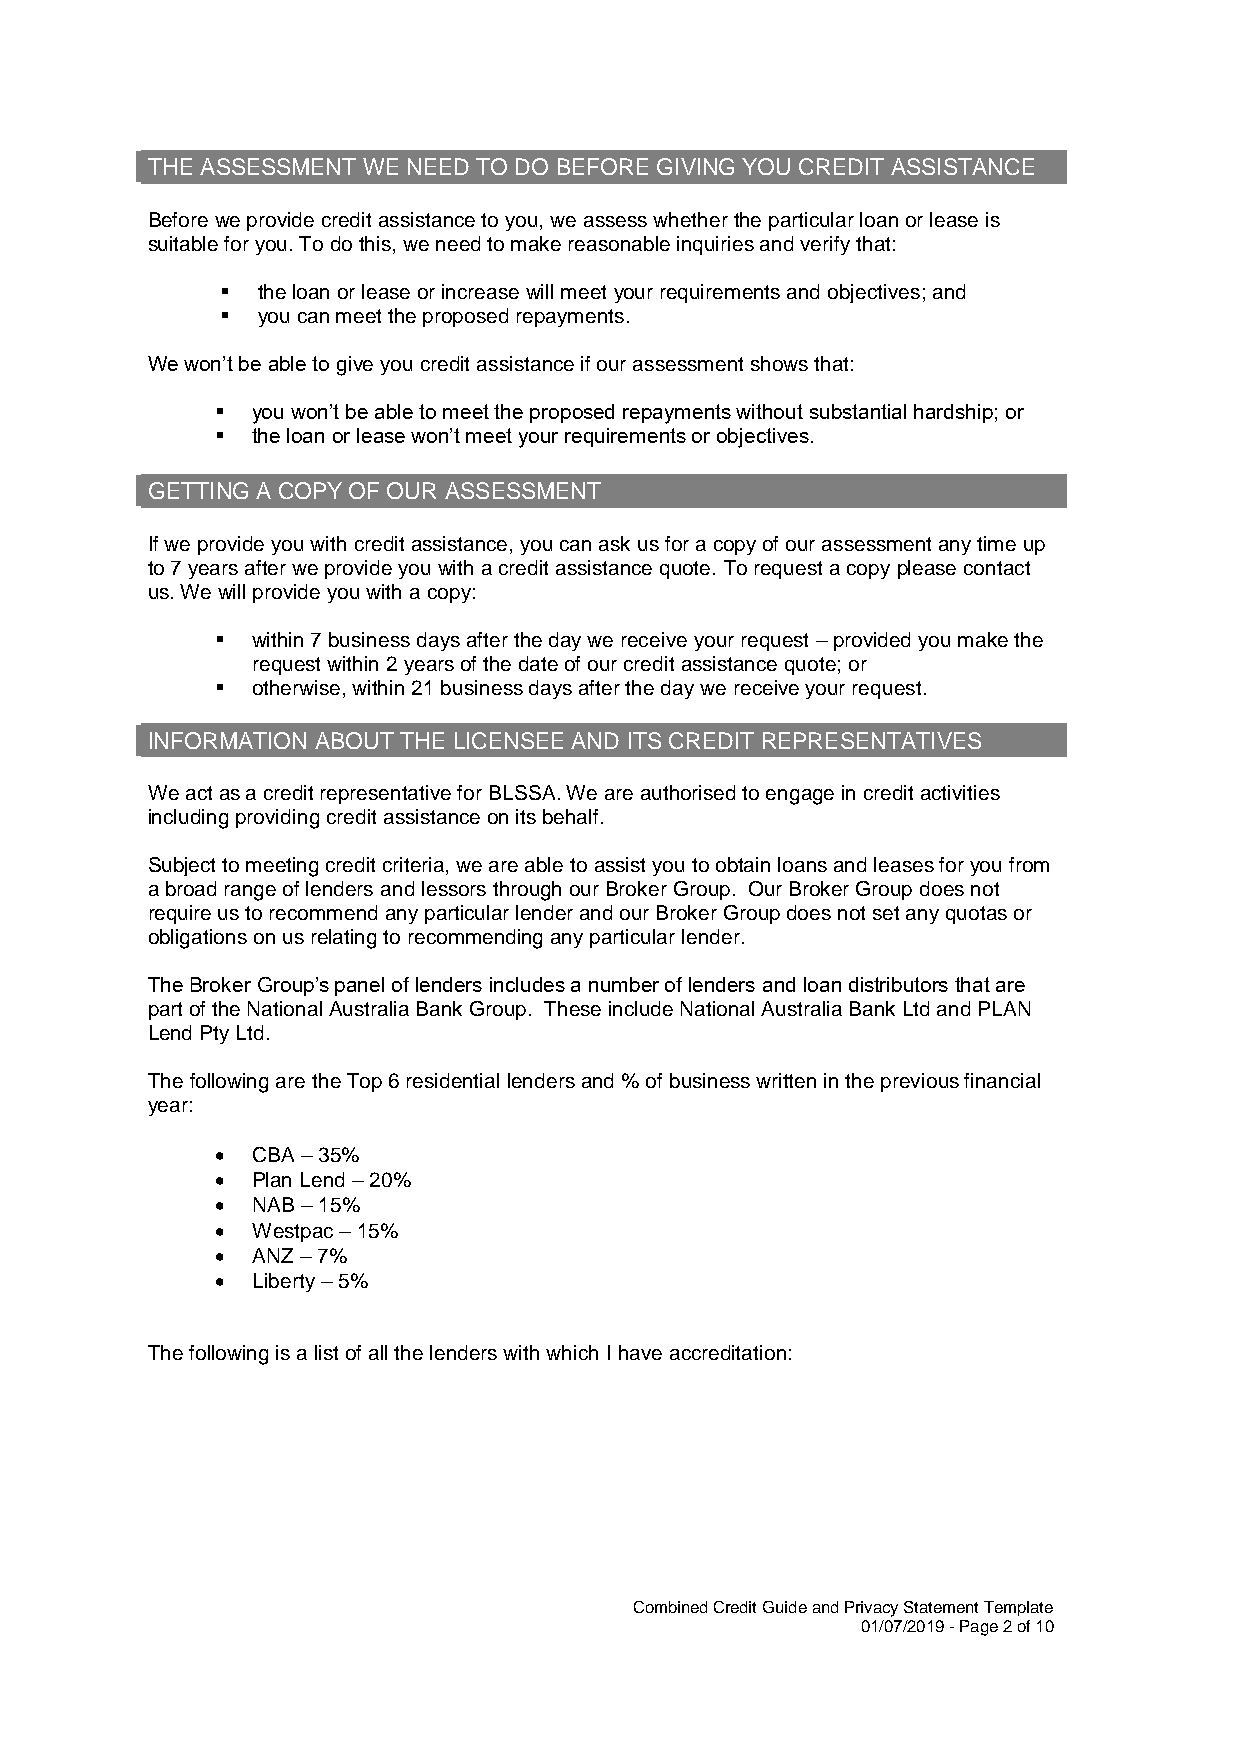
THE ASSESSMENT WE NEED TO DO BEFORE GIVING YOU CREDIT ASSISTANCE
 Before we provide credit assistance to you, we assess whether the particular loan or lease is
 suitable for you. To do this, we need to make reasonable inquiries and verify that:
 ▪ the loan or lease or increase will meet your requirements and objectives; and
 ▪ you can meet the proposed repayments.
 We won’t be able to give you credit assistance if our assessment shows that:
 ▪  you won’t be able to meet the proposed repayments without substantial hardship; or
 ▪  the loan or lease won’t meet your requirements or objectives.
 GETTING A COPY OF OUR ASSESSMENT
 If we provide you with credit assistance, you can ask us for a copy of our assessment any time up
 to 7 years after we provide you with a credit assistance quote. To request a copy please contact
 us. We will provide you with a copy:
 ▪  within 7 business days after the day we receive your request – provided you make the
 request within 2 years of the date of our credit assistance quote; or
 ▪  otherwise, within 21 business days after the day we receive your request.
 INFORMATION ABOUT THE LICENSEE AND ITS CREDIT REPRESENTATIVES
 We act as a credit representative for BLSSA. We are authorised to engage in credit activities
 including providing credit assistance on its behalf.
 Subject to meeting credit criteria, we are able to assist you to obtain loans and leases for you from
 a broad range of lenders and lessors through our Broker Group. Our Broker Group does not
 require us to recommend any particular lender and our Broker Group does not set any quotas or
 obligations on us relating to recommending any particular lender.
 The Broker Group’s panel of lenders includes a number of lenders and loan distributors that are
 part of the National Australia Bank Group. These include National Australia Bank Ltd and PLAN
 Lend Pty Ltd.
 The following are the Top 6 residential lenders and % of business written in the previous financial
 year:
 •  CBA – 35%
 •  Plan Lend – 20%
 •  NAB – 15%
 •  Westpac – 15%
 •  ANZ – 7%
 •  Liberty – 5%
 The following is a list of all the lenders with which I have accreditation:
 Combined Credit Guide and Privacy Statement Template
 01/07/2019 - Page 2 of 10